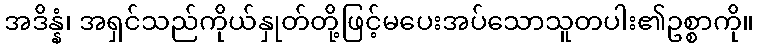
အဒိန္နံ၊ အရှင်သည်ကိုယ်နှုတ်တို့ဖြင့်မပေးအပ်သောသူတပါး၏ဥစ္စာကို။